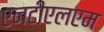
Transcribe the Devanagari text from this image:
एनटीएलएम